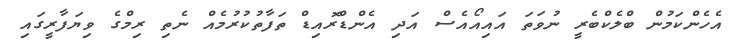
އެހެންކަމުން ބްލެކްބެރީ ނުވަތަ އައިއޯއެސް އަދި އެންޑްރޮއިޑް ތަފާތުކުރުމެއް ނެތި ރިމްގެ ވިޔަފާރީގައި